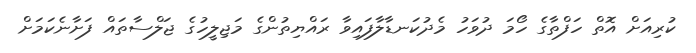
ކުރިއަށް އޮތް ހަފްތާގެ ހޯމަ ދުވަހު މެދުކަނޑާލާފައިވާ ރައްޔިތުންގެ މަޖިލީހުގެ ޖަލްސާތައް ފަށާނެކަމަށް